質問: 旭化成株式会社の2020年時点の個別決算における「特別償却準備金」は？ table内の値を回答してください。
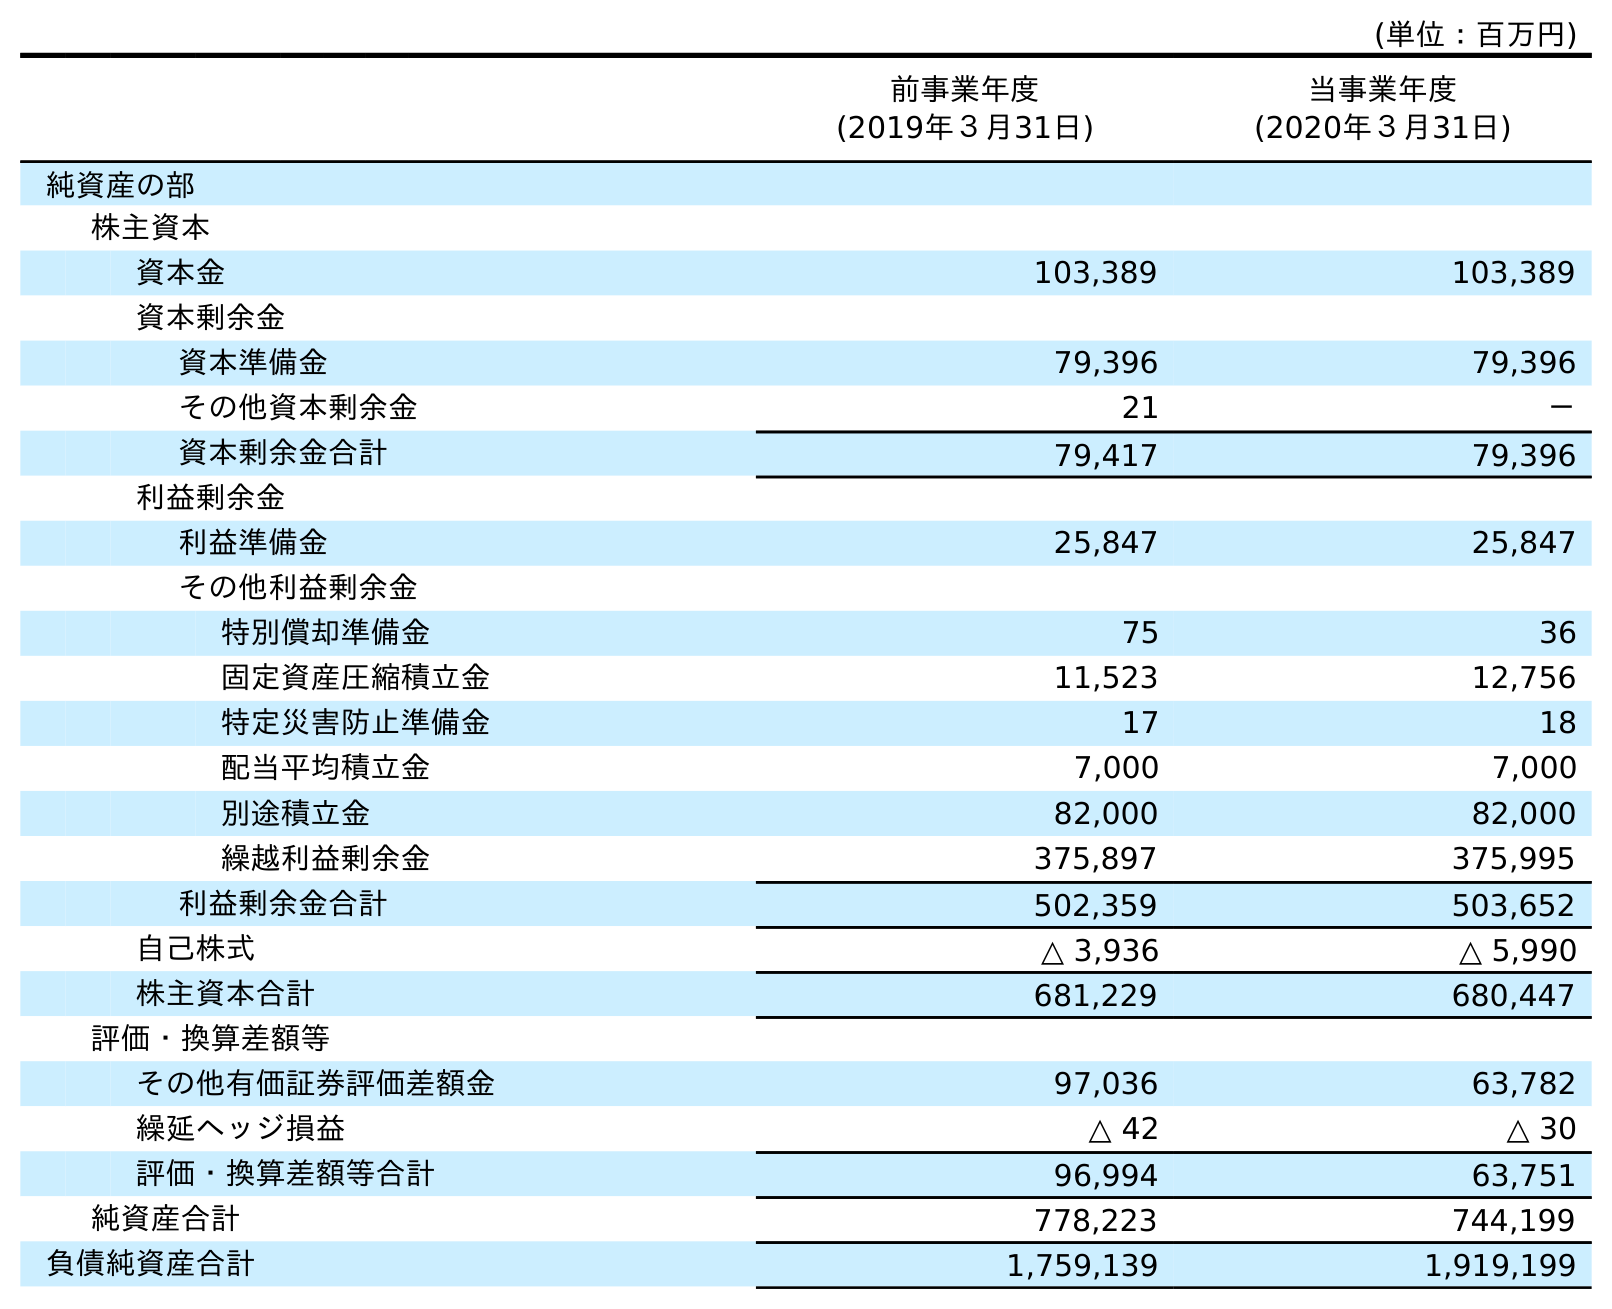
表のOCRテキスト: (単位：百万円) 前事業年度 (2019年３月31日) 当事業年度 (2020年３月31日) 純資産の部 株主資本 資本金 103,389 103,389 資本剰余金 資本準備金 79,396 79,396 その他資本剰余金 21 － 資本剰余金合計 79,417 79,396 利益剰余金 利益準備金 25,847 25,847 その他利益剰余金 特別償却準備金 75 36 固定資産圧縮積立金 11,523 12,756 特定災害防止準備金 17 18 配当平均積立金 7,000 7,000 別途積立金 82,000 82,000 繰越利益剰余金 375,897 375,995 利益剰余金合計 502,359 503,652 自己株式 △ 3,936 △ 5,990 株主資本合計 681,229 680,447 評価・換算差額等 その他有価証券評価差額金 97,036 63,782 繰延ヘッジ損益 △ 42 △ 30 評価・換算差額等合計 96,994 63,751 純資産合計 778,223 744,199 負債純資産合計 1,759,139 1,919,199
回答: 36